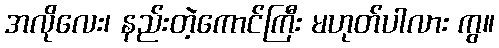
အလိုလေး၊ နည်းတဲ့ကောင်ကြီး မဟုတ်ပါလား ကွ။